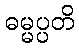
ဓမ္မပ္ပတိ